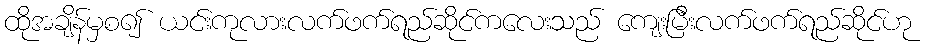
ထိုအချိန်မှစ၍ ယင်းကုလားလက်ဖက်ရည်ဆိုင်ကလေးသည် ကျေးမြီးလက်ဖက်ရည်ဆိုင်ဟု